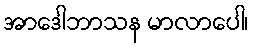
အာဒေါဘာသန မာလာပေါ၊